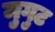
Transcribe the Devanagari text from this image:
मुगुट